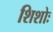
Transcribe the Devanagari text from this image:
शिशोः